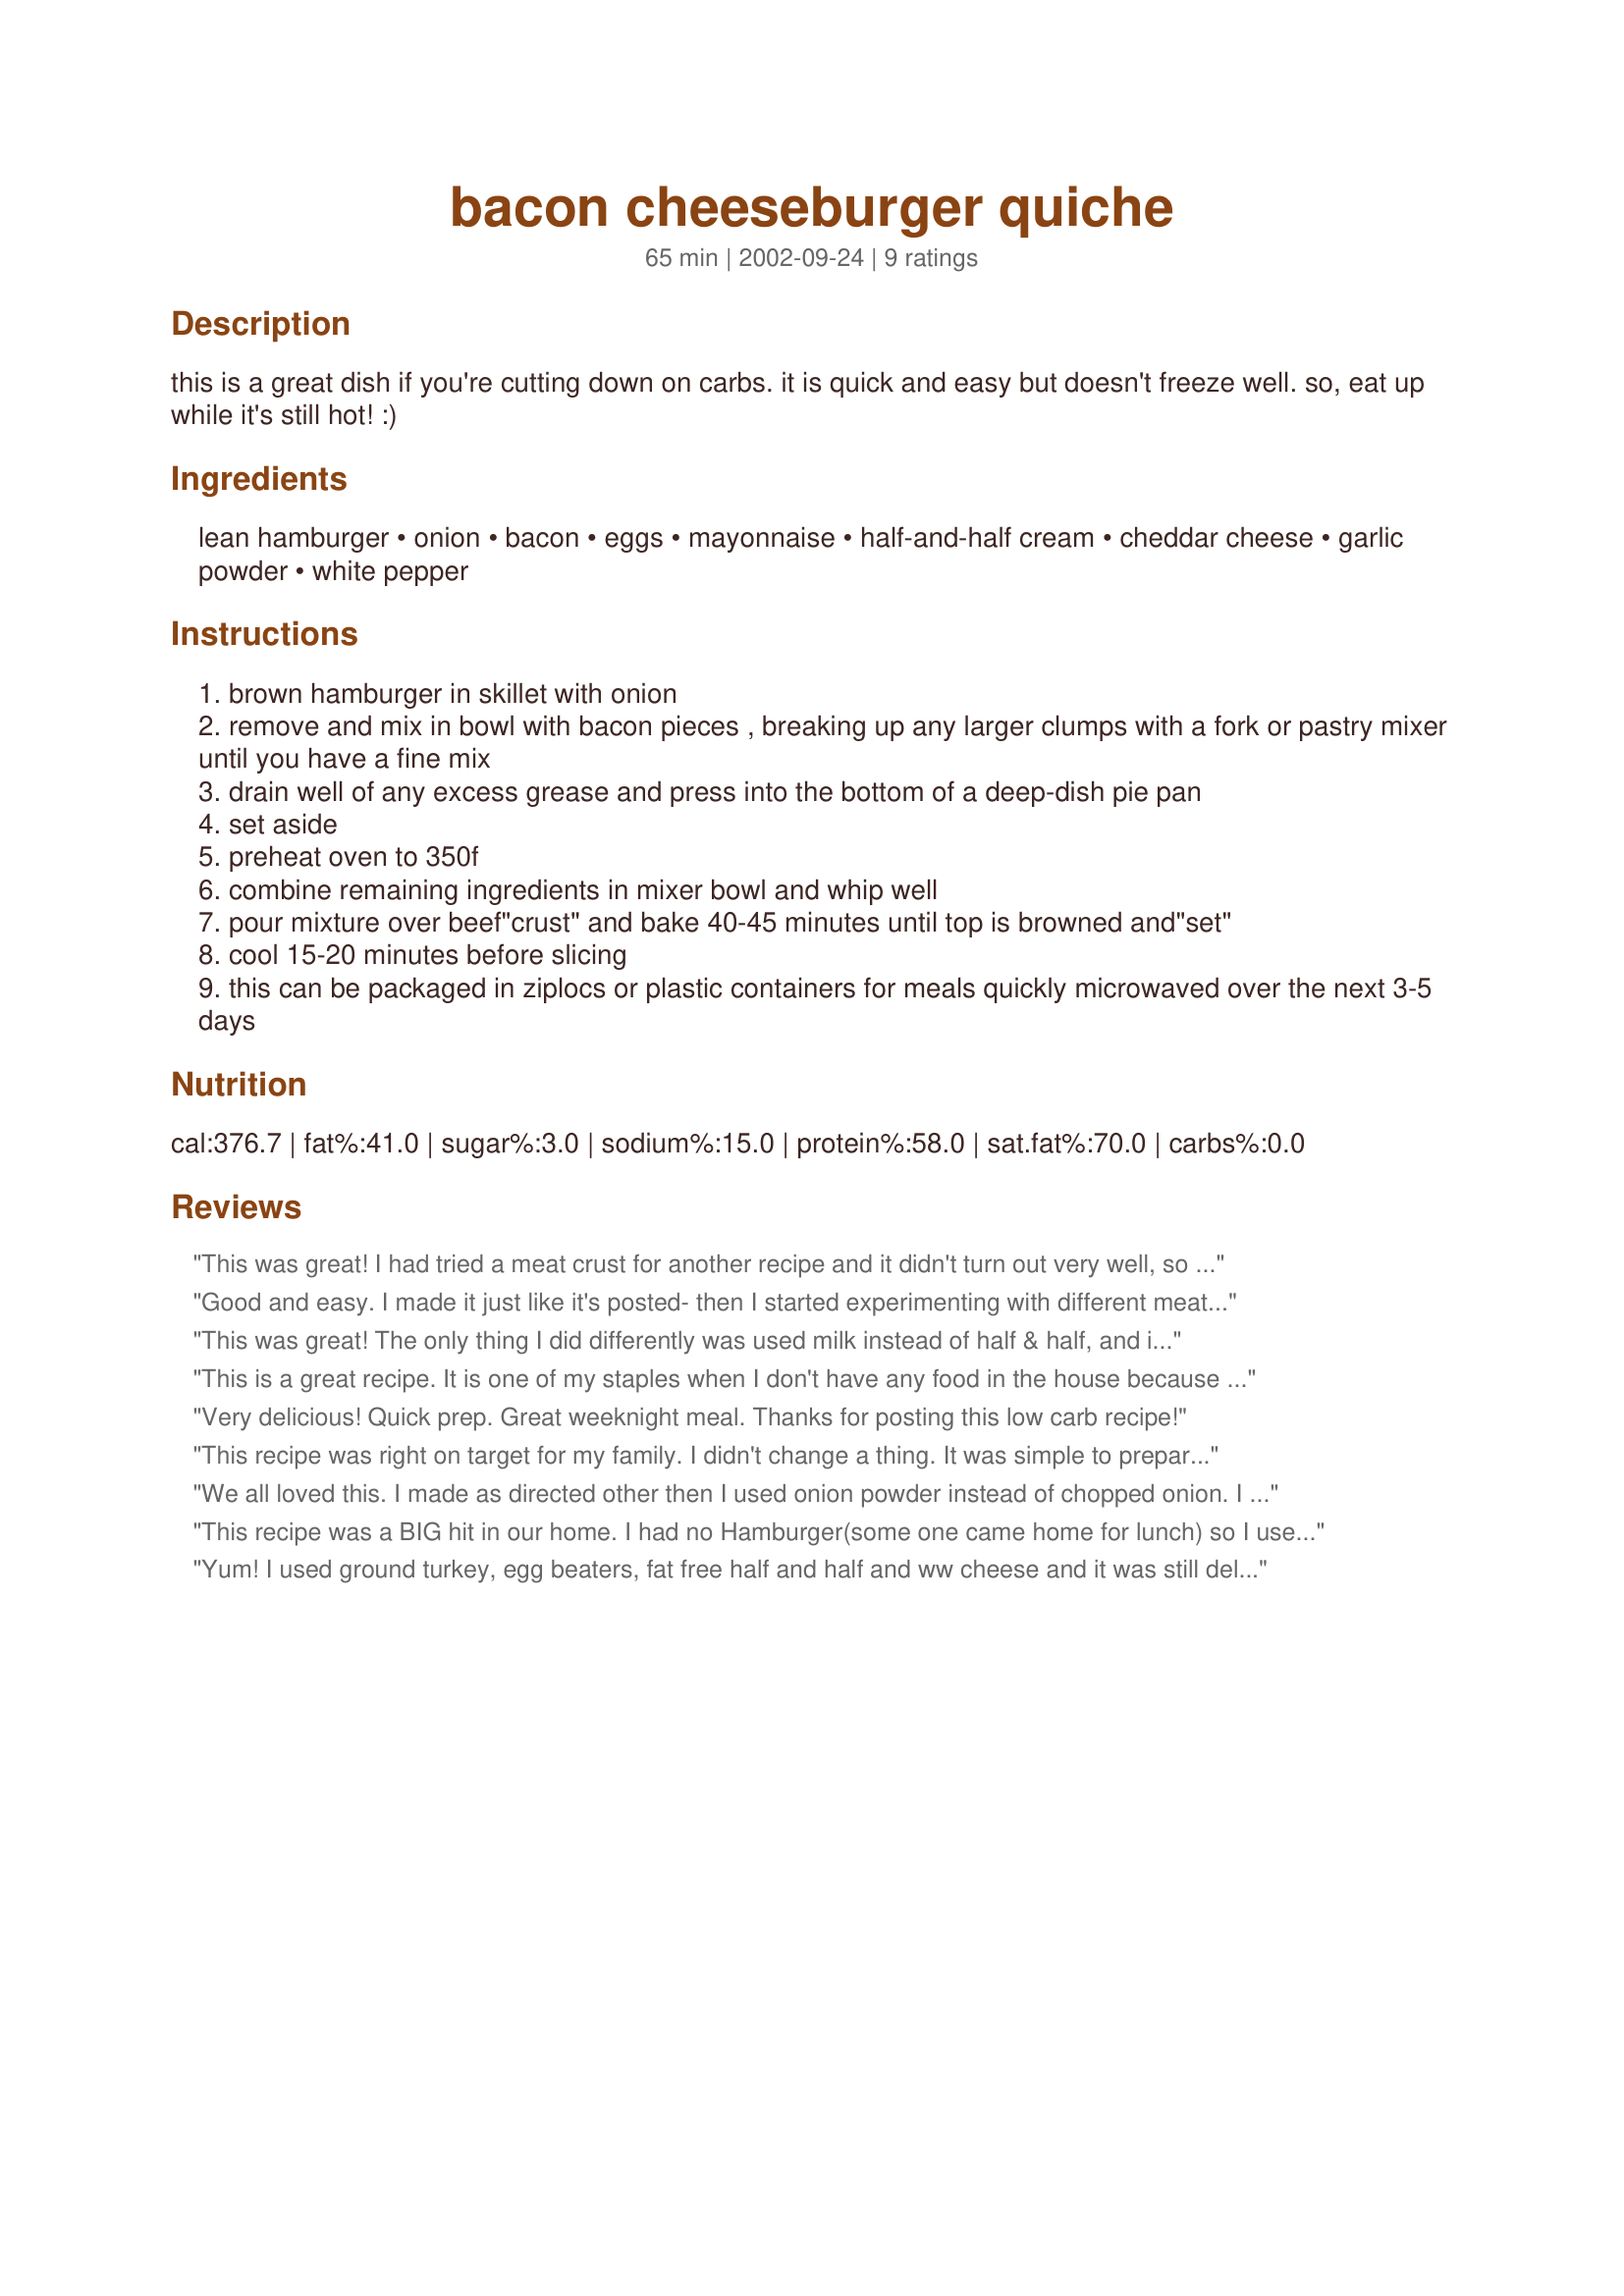
bacon cheeseburger quiche
Preparation time: 65 minutes

this is a great dish if you're cutting down on carbs. it is quick and easy but doesn't freeze well. so, eat up while it's still hot! :)

Ingredients:
lean hamburger, onion, bacon, eggs, mayonnaise, half-and-half cream, cheddar cheese, garlic powder, white pepper

Steps:
brown hamburger in skillet with onion
remove and mix in bowl with bacon pieces , breaking up any larger clumps with a fork or pastry mixer until you have a fine mix
drain well of any excess grease and press into the bottom of a deep-dish pie pan
set aside
preheat oven to 350f
combine remaining ingredients in mixer bowl and whip well
pour mixture over beef"crust" and bake 40-45 minutes until top is browned and"set"
cool 15-20 minutes before slicing
this can be packaged in ziplocs or plastic containers for meals quickly microwaved over the next 3-5 days

Reviews:
This was great! I had tried a meat crust for another recipe and it didn't turn out very well, so I was a little skeptical about this one. The crust didn't really hold up in this recipe and kind of mixed with the egg part. It was still very good though, so I didn't really care. Hubby said "You definitely have to make this again".
Good and easy. I made it just like it's posted- then I started experimenting with different meats and cheeses. This is a keeper
This was great! The only thing I did differently was used milk instead of half & half, and it turned out wonderful. My whole family loved it, even my picky 2 year old. Will definitely make again!
This is a great recipe. It is one of my staples when I don't have any food in the house because it is so easy to make. Sometimes I substitue milk for the half and half & it still comes out fine.
Very delicious! Quick prep. Great weeknight meal. Thanks for posting this low carb recipe!
This recipe was right on target for my family. I didn't change a thing. It was simple to prepare and looked nice coming out of the oven. The best suprise was that none of the flavors was over powered by the others.
We all loved this. I made as directed other then I used onion powder instead of chopped onion. I just sprinkled it on and didn't measure it. I also added a cup and a half of cheddar cheese. I did add black pepper to the egg/cream/cheese mixture and again I didn't measure it. I didn't add the optional garlic powder. I was a bit surprised how good this was. I had frozen precooked hamburger so this made it very easy to put together. I will be making again.
 This recipe was a BIG hit in our home. I had no Hamburger(some one came home for lunch) so I used a Veggie subsitute (Morning Star Farms hamburger subsitute). I also used turkey bacon. It was excellent and the left overs were eaten for breakfast. This recipe was one of the best one I have tried thus far!! Thanks!!
Yum! I used ground turkey, egg beaters, fat free half and half and ww cheese and it was still delish! This went quick!
